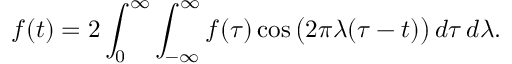
f ( t ) = 2 \int _ { 0 } ^ { \infty } \int _ { - \infty } ^ { \infty } f ( \tau ) \cos { \bigl ( } 2 \pi \lambda ( \tau - t ) { \bigr ) } \, d \tau \, d \lambda .